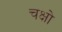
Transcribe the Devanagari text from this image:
चक्षो